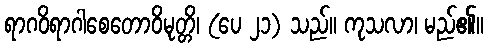
ရာဂဝိရာဂါစေတောဝိမုတ္တိ၊ (ပေ ၂၁) သည်။ ကုသလာ၊ မည်၏။